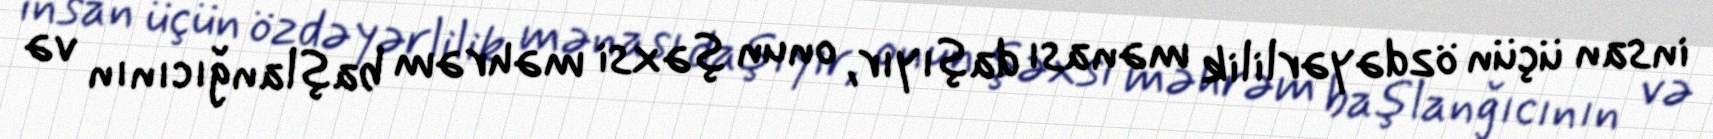
insan üçün özdəyərlilik mənası daşıyır, onun şəxsi məhrəm başlanğıcının və